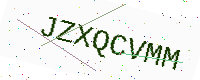
Text: JZXQCVMM